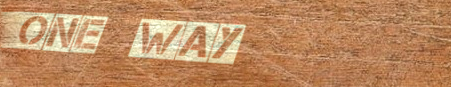
one way